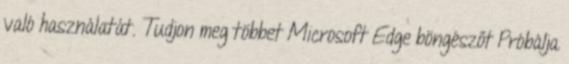
való használatát. Tudjon meg többet Microsoft Edge böngészőt Próbálja